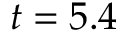
t = 5 . 4